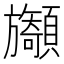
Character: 𩕲